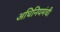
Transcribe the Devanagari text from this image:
अधिनियमंची